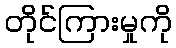
တိုင်ကြားမှုကို